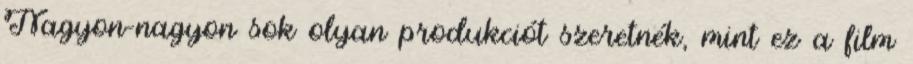
Nagyon-nagyon sok olyan produkciót szeretnék, mint ez a film